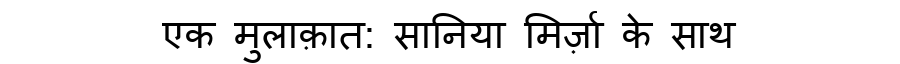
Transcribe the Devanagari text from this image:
एक मुलाक़ात: सानिया मिर्ज़ा के साथ